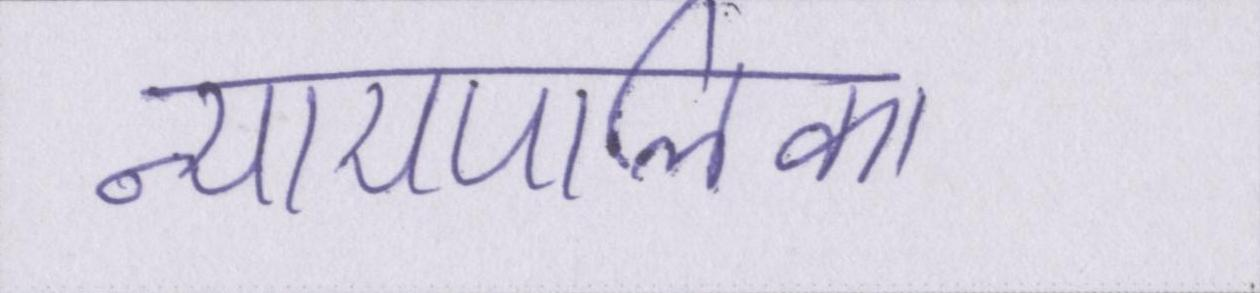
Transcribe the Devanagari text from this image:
न्यायपालिका